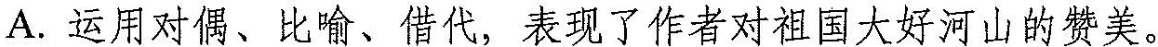
A.运用对偶、比喻、借代，表现了作者对祖国大好河山的赞美。